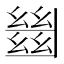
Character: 𢇍